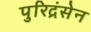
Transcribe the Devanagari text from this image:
पुरिद्रंसेन